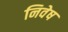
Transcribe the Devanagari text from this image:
निवेष